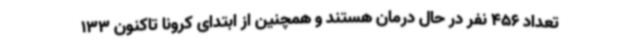
تعداد 456 نفر در حال درمان هستند و همچنین از ابتدای کرونا تاکنون 133